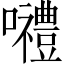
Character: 𡅏